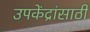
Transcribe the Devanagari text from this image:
उपकेंद्रांसाठी